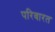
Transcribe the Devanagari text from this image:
परिवारत